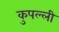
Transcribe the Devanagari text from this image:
कुपल्ली